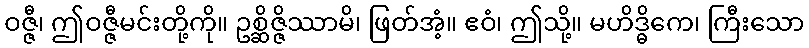
ဝဇ္ဇီ၊ ဤဝဇ္ဇီမင်းတို့ကို။ ဥစ္ဆိဇ္ဇိဿာမိ၊ ဖြတ်အံ့။ ဧဝံ၊ ဤသို့။ မဟိဒ္ဓိကေ၊ ကြီးသော